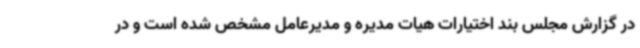
در گزارش مجلس بند اختیارات هیات مدیره و مدیرعامل مشخص شده است و در